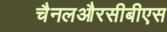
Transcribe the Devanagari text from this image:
चैनलऔरसीबीएस